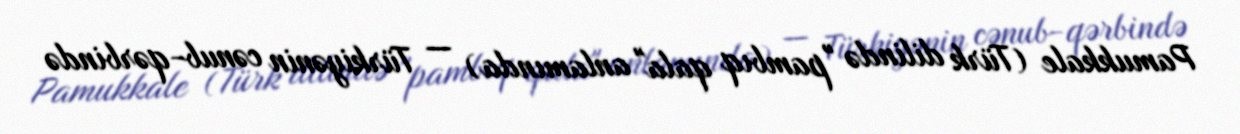
Pamukkale (Türk dilində "pambıq qala" anlamında) — Türkiyənin cənub-qərbində